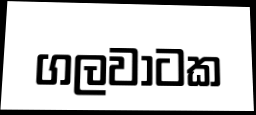
ගලවාටක